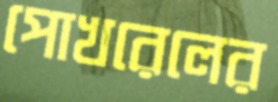
পোখরেলের